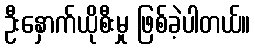
ဦးနှောက်ယိုစီးမှု ဖြစ်ခဲ့ပါတယ်။